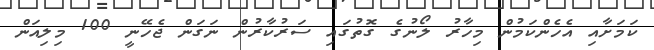
ކަމަށާއި އެހެންކަމުން މިހާރު ލޯނުގެ ގޮތުގައި ސަރުކާރުން ނަގަން ޖެހޭނީ 100 މިލިއަން